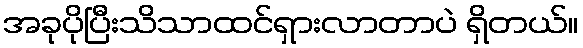
အခုပိုပြီးသိသာထင်ရှားလာတာပဲ ရှိတယ်။